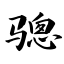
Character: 骢